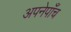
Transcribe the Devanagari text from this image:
अपनेपाँच